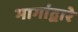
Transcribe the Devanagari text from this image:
भागांद्वारे